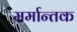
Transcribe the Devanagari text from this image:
मर्मान्तक